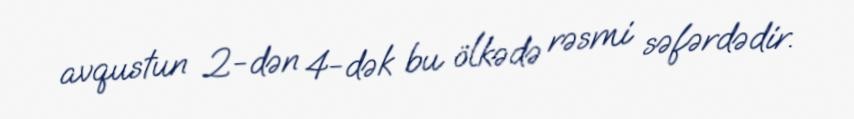
avqustun 2-dən 4-dək bu ölkədə rəsmi səfərdədir.